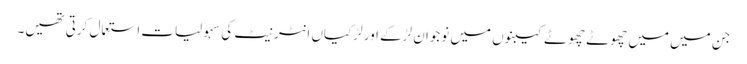
جن میں میں چھوٹے چھوٹے کیبنوں میں نوجوان لڑکے اور لڑکیاں انٹر نیٹ کی سہولیات استعمال کرتی تھیں۔